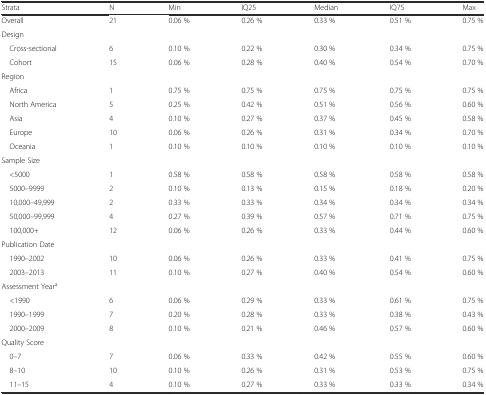
<table><thead><tr><td><b>Strata</b></td><td><b>N</b></td><td><b>Min</b></td><td><b>IQ25</b></td><td><b>Median</b></td><td><b>IQ75</b></td><td><b>Max</b></td></tr></thead><tbody><tr><td>Overall</td><td>21</td><td>0.06 %</td><td>0.26 %</td><td>0.33 %</td><td>0.51 %</td><td>0.75 %</td></tr><tr><td>Design</td><td></td><td></td><td></td><td></td><td></td><td></td></tr><tr><td> Cross-sectional</td><td>6</td><td>0.10 %</td><td>0.22 %</td><td>0.30 %</td><td>0.34 %</td><td>0.75 %</td></tr><tr><td> Cohort</td><td>15</td><td>0.06 %</td><td>0.28 %</td><td>0.40 %</td><td>0.54 %</td><td>0.70 %</td></tr><tr><td>Region</td><td></td><td></td><td></td><td></td><td></td><td></td></tr><tr><td> Africa</td><td>1</td><td>0.75 %</td><td>0.75 %</td><td>0.75 %</td><td>0.75 %</td><td>0.75 %</td></tr><tr><td> North America</td><td>5</td><td>0.25 %</td><td>0.42 %</td><td>0.51 %</td><td>0.56 %</td><td>0.60 %</td></tr><tr><td> Asia</td><td>4</td><td>0.10 %</td><td>0.27 %</td><td>0.37 %</td><td>0.45 %</td><td>0.58 %</td></tr><tr><td> Europe</td><td>10</td><td>0.06 %</td><td>0.26 %</td><td>0.31 %</td><td>0.34 %</td><td>0.70 %</td></tr><tr><td> Oceania</td><td>1</td><td>0.10 %</td><td>0.10 %</td><td>0.10 %</td><td>0.10 %</td><td>0.10 %</td></tr><tr><td>Sample Size</td><td></td><td></td><td></td><td></td><td></td><td></td></tr><tr><td> &lt;5000</td><td>1</td><td>0.58 %</td><td>0.58 %</td><td>0.58 %</td><td>0.58 %</td><td>0.58 %</td></tr><tr><td> 5000–9999</td><td>2</td><td>0.10 %</td><td>0.13 %</td><td>0.15 %</td><td>0.18 %</td><td>0.20 %</td></tr><tr><td> 10,000–49,999</td><td>2</td><td>0.33 %</td><td>0.33 %</td><td>0.34 %</td><td>0.34 %</td><td>0.34 %</td></tr><tr><td> 50,000–99,999</td><td>4</td><td>0.27 %</td><td>0.39 %</td><td>0.57 %</td><td>0.71 %</td><td>0.75 %</td></tr><tr><td> 100,000+</td><td>12</td><td>0.06 %</td><td>0.26 %</td><td>0.33 %</td><td>0.44 %</td><td>0.60 %</td></tr><tr><td>Publication Date</td><td></td><td></td><td></td><td></td><td></td><td></td></tr><tr><td> 1990–2002</td><td>10</td><td>0.06 %</td><td>0.26 %</td><td>0.33 %</td><td>0.41 %</td><td>0.75 %</td></tr><tr><td> 2003–2013</td><td>11</td><td>0.10 %</td><td>0.27 %</td><td>0.40 %</td><td>0.54 %</td><td>0.60 %</td></tr><tr><td>Assessment Year<sup>a</sup></td><td></td><td></td><td></td><td></td><td></td><td></td></tr><tr><td> &lt;1990</td><td>6</td><td>0.06 %</td><td>0.29 %</td><td>0.33 %</td><td>0.61 %</td><td>0.75 %</td></tr><tr><td> 1990–1999</td><td>7</td><td>0.20 %</td><td>0.28 %</td><td>0.33 %</td><td>0.38 %</td><td>0.43 %</td></tr><tr><td> 2000–2009</td><td>8</td><td>0.10 %</td><td>0.21 %</td><td>0.46 %</td><td>0.57 %</td><td>0.60 %</td></tr><tr><td>Quality Score</td><td></td><td></td><td></td><td></td><td></td><td></td></tr><tr><td> 0–7</td><td>7</td><td>0.06 %</td><td>0.33 %</td><td>0.42 %</td><td>0.55 %</td><td>0.60 %</td></tr><tr><td> 8–10</td><td>10</td><td>0.10 %</td><td>0.26 %</td><td>0.31 %</td><td>0.53 %</td><td>0.75 %</td></tr><tr><td> 11–15</td><td>4</td><td>0.10 %</td><td>0.27 %</td><td>0.33 %</td><td>0.33 %</td><td>0.34 %</td></tr></tbody></table>